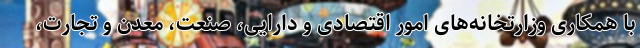
با همکاری وزارتخانه‌های امور اقتصادی و دارایی، صنعت، معدن و تجارت،